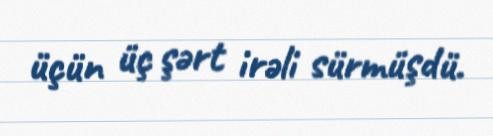
üçün üç şərt irəli sürmüşdü.